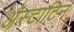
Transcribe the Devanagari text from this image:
अॅस्टाटिन